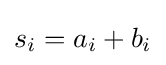
s_{i}=a_{i}+b_{i}